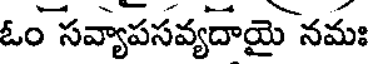
ఓం సవ్యాపసవ్యదాయై నమః